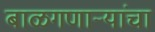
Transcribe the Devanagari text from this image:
बाळगणाऱ्यांचा